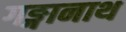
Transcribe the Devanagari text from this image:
गङ्गानाथ